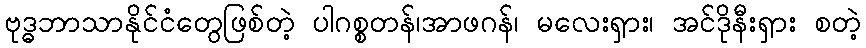
ဗုဒ္ဓဘာသာနိုင်ငံတွေဖြစ်တဲ့ ပါဂစ္စတန်၊အာဖဂန်၊ မလေးရှား၊ အင်ဒိုနီးရှား စတဲ့